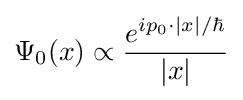
\Psi _{0}(x)\propto {\frac {e^{ip_{0}\cdot |x|/\hbar }}{|x|}}